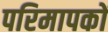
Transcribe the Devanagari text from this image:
परिमापकों